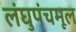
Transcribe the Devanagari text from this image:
लंघुपंचमूल